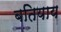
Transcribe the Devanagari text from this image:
बतियाय